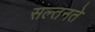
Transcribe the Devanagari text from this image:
सल्तनते